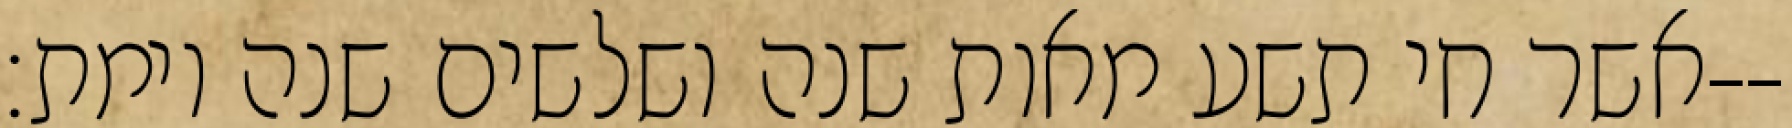
אשר חי תשע מאות שנה ושלשים שנה וימת׃--